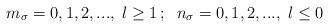
LaTeX: \begin{align*}m_{\sigma }=0,1,2,...,\;l\geq 1\,;\;\;n_{\sigma }=0,1,2,...,\;l\leq 0\end{align*}